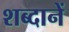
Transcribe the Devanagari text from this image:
शब्दानें